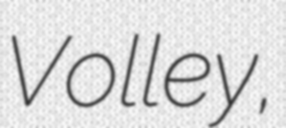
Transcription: Volley,